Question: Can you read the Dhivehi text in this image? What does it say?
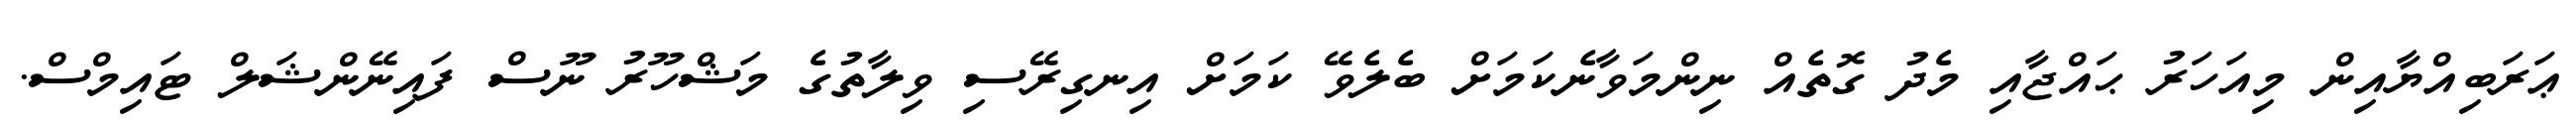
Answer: ޢަރަބިއްޔާއިން މިއަހަރު ޙައްޖާއި މެދު ގޮތެއް ނިންމަވާނެކަމަށް ބެލެވޭ ކަމަށް އިނގިރޭސި ވިލާތުގެ މަޝްހޫރު ނޫސް ފައިނޭންޝަލް ޓައިމްސް.